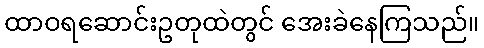
ထာဝရဆောင်းဥတုထဲတွင် အေးခဲနေကြသည်။